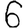
Digit: 6